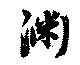
淵